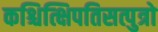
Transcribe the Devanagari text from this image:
कश्चित्क्षिपतिसत्पुत्रो